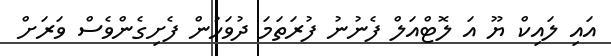
އައި ލައިކް ޔޫ އަ ލޮޓްއަލް ފެނުނު ފުރަތަމަ ދުވަހުން ފެށިގެންވެސް ވަރަށް